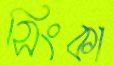
সিংকা